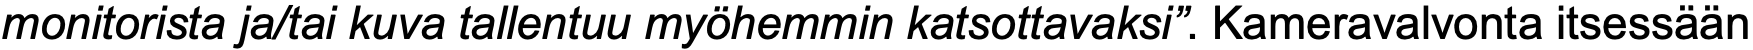
monitorista ja/tai kuva tallentuu myöhemmin katsottavaksi”. Kameravalvonta itsessään